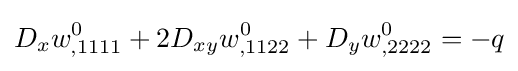
D_{x}w_{,1111}^{0}+2D_{xy}w_{,1122}^{0}+D_{y}w_{,2222}^{0}=-q